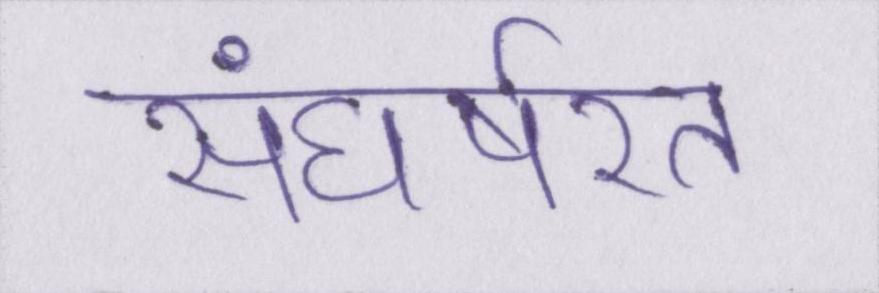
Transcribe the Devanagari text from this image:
संघर्षरत